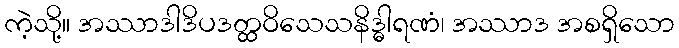
ကဲ့သို့။ အဿာဒါဒိပဒတ္ထဝိသေသနိဒ္ဓါရဏံ၊ အဿာဒ အစရှိသော